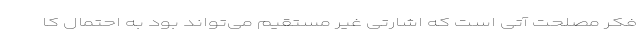
فکر مصلحت آتی است که اشارتی غیر مستقیم می‌‌تواند بود به احتمال کا